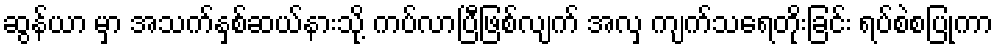
ဆွန်ယာ မှာ အသက်နှစ်ဆယ်နားသို့ ကပ်လာပြီဖြစ်လျက် အလှ ကျက်သရေတိုးခြင်း ရပ်စဲစပြုကာ